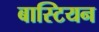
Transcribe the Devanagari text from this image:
बास्टियन